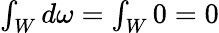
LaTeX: \textstyle\int_{W}d\omega=\int_{W}0=0